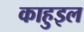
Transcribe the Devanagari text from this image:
काहुइल